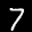
Label: 7